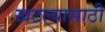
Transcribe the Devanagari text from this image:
खटल्यासाठी